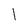
Character: l